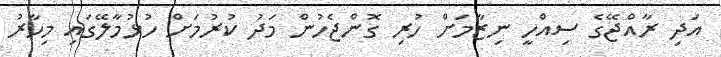
އަދި ރާއްޖޭގެ ސިއްހީ ނިޒާމަށް ހުރި ގޮންޖެހުން މަދު ކުރުމަށް ހުޅުމާލޭގައި މިހާރު